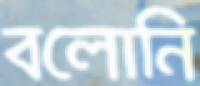
বলোনি